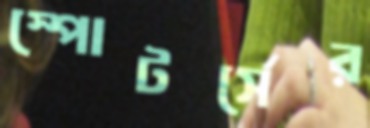
স্পোটর্সের